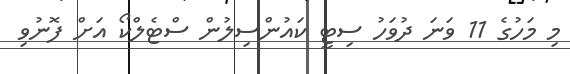
މި މަހުގެ 11 ވަނަ ދުވަހު ސިޓީ ކައުންސިލުން ސްޓެލްކޯ އަށް ފޮނުވި